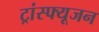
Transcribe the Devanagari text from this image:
ट्रांस्फ्यूजन